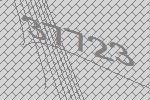
37723